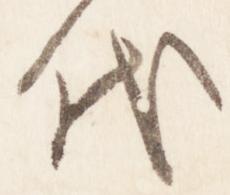
代